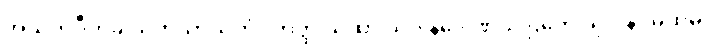
အသိတပီတခါယိတသာယိတံ။ တတ္ထ ယထာ သုဝါနဒေါဏိယံ ဌိတေ သုဝါနဝမထုမှိ